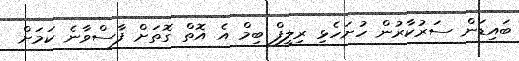
ބައިޑަން ސަރުކާރުން ހުށަހެޅި ރިލީފް ބިމް އެ އޮތް ގޮތަށް ފާސްވާނެ ކަމަށް